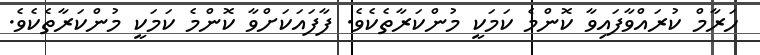
ހަރާމް ކުރައްވާފައިވާ ކޮންމެ ކަމަކީ މުންކަރާތެކެވެ. ފާފައަކަށްވާ ކޮންމެ ކަމަކީ މުންކަރާތެކެވެ.